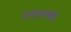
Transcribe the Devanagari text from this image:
१९६०मधे